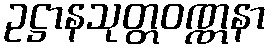
ဥဋ္ဌာနသုတ္တဝဏ္ဏနာ